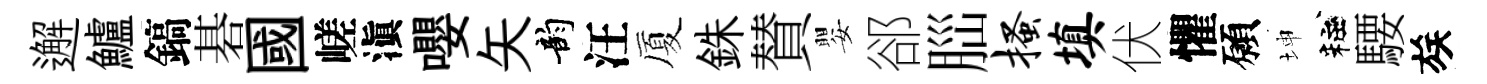
邂鱸鎬碁國嵯滇嚶矢韵汪厦銖賛嬰郤𦛁搔填伏懼願坤粧騕族